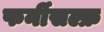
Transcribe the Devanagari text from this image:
फर्नीसल्फ्र